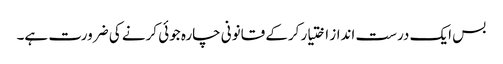
بس ایک درست انداز اختیار کرکے قانونی چارہ جوئی کرنے کی ضرورت ہے۔